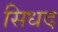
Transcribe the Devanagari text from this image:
सिधद